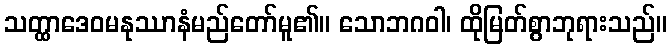
သတ္ထာဒေဝမနုဿာနံမည်တော်မူ၏။ သောဘဂဝါ၊ ထိုမြတ်စွာဘုရားသည်။